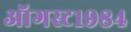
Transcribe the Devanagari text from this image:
ऑगस्ट१९८४